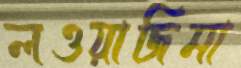
লওয়াজিমা